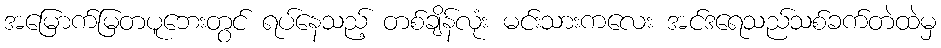
အမြောက်မြတပူဘေးတွင် ရပ်နေသည့် တစ်ချိန်လုံး မင်းသားကလေး အင်ဒရေသည်သစ်ခက်တဲထဲမှ